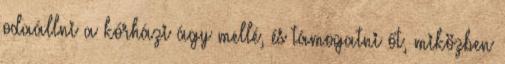
odaállni a kórházi ágy mellé, és támogatni őt, miközben